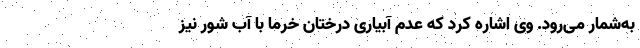
به‌شمار می‌رود. وی اشاره کرد که عدم آبیاری درختان خرما با آب شور نیز